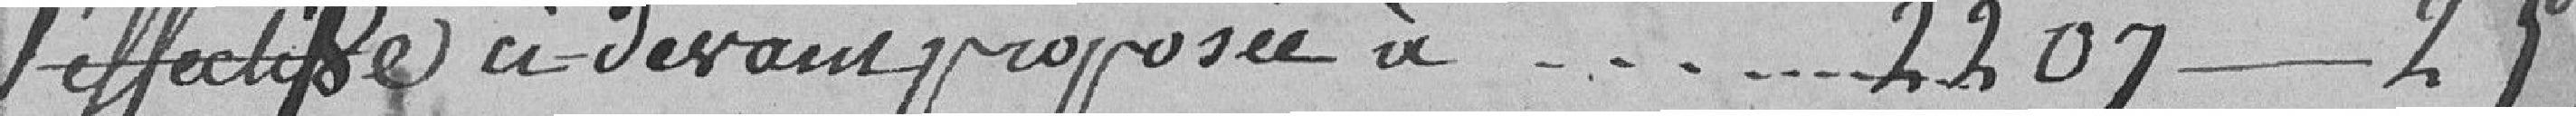
l'effectif ci devant proposée à - - - - - - 2207 - 25